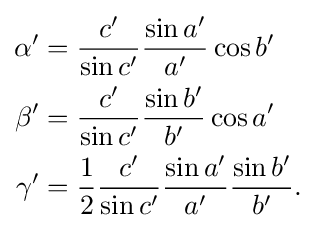
{\begin{aligned}\alpha '&={\frac {c'}{\sin c'}}{\frac {\sin a'}{a'}}\cos b'\\\beta '&={\frac {c'}{\sin c'}}{\frac {\sin b'}{b'}}\cos a'\\\gamma '&={\frac {1}{2}}{\frac {c'}{\sin c'}}{\frac {\sin a'}{a'}}{\frac {\sin b'}{b'}}.\end{aligned}}